Annual report of the Punjab Veterinary College and of the Civil Veterinary Department, Punjab - 1926-1932
Year: 1926
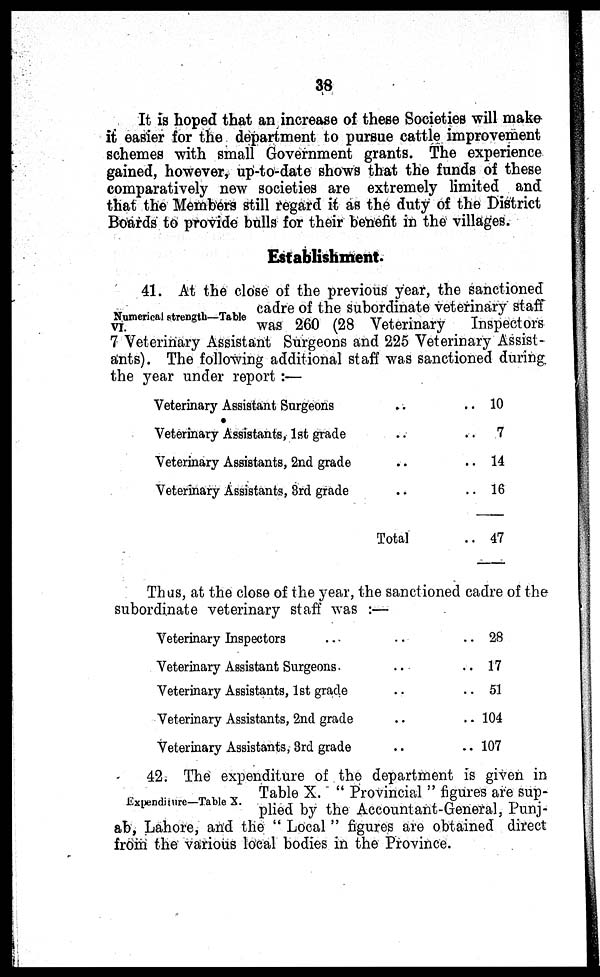
38
It is hoped that an increase of these Societies will make
it easier for the department to pursue cattle improvement
schemes with small Government grants. The experience
gained, however, up-to-date shows that the funds of these
comparatively new societies are extremely limited and
that the Members still regard it as the duty of the District
Boards to provide bulls for their benefit in the villages.
Establishment.
Numerical strength—Table
VI.
41. At the close of the previous year, the sanctioned
cadre of the subordinate veterinary staff
was 260 (28 Veterinary
Inspectors
7 Veterinary Assistant Surgeons and 225 Veterinary Assist-
ants). The following additional staff was sanctioned during
the year under report :—
Veterinary Assistant Surgeons
..
..
Veterinary Assistants, 1st grade
..
..
Veterinary Assistants, 2nd grade .. ..
Veterinary Assistants, 3rd grade .. ..
Total ..
10
7
14
16
47
Thus, at the close of the year, the sanctioned cadre of the
subordinate veterinary staff was :—
Veterinary Inspectors .. .. ..
Veterinary Assistant Surgeons. .. ..
Veterinary Assistants, 1st grade .. ..
Veterinary Assistants, 2nd grade .. ..
Veterinary Assistants, 3rd grade .. ..
28
17
51
104
107
Expenditure—Table X.
42. The expenditure of the department is given in
Table X. " Provincial " figures are sup-
plied by the Accountant-General, Punj-
ab, Lahore, and the " Local " figures are obtained direct
from the various local bodies in the Province.